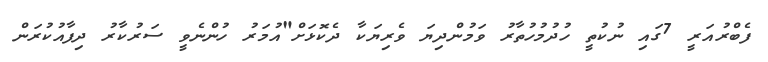
ފެބްރުއަރީ 7ގައި ނުކުތީ ހުދުމުހުތާރު ވަމުންދިޔަ ވެރިޔަކާ ދެކޮޅަށް"އުމަރު ހުންނެވީ ސަރުކާރު ދިފާއުކުރަން